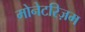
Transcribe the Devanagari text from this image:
मोनेटरिज़म